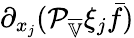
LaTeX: \partial_{x_{j}}(\mathcal{P}_{\overline{{\mathbb{V}}}}\xi_{j}\bar{f})